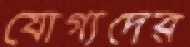
যোগ্যদের